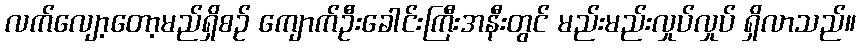
လက်လျော့တော့မည်ရှိစဉ် ကျောက်ဦးခေါင်းကြီးအနီးတွင် မည်းမည်းလှုပ်လှုပ် ရှိလာသည်။